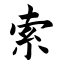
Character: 索